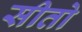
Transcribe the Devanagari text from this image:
सीतो